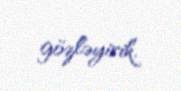
gözləyirik.